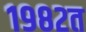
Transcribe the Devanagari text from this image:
१९८२त